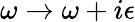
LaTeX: \omega\rightarrow\omega+i\epsilon